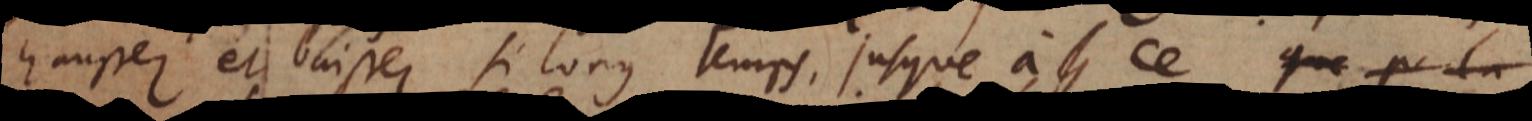
haussez et baissez si long temps, jusqu’à ce que